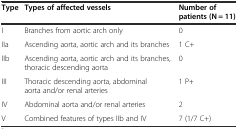
| Type | Types of affected vessels | Number of patients (N = 11) |
 | --- | --- | --- |
 | I | Branches from aortic arch only | 0 |
 | IIa | Ascending aorta, aortic arch and its branches | 1 C+ |
 | IIb | Ascending aorta, aortic arch and its branches, thoracic descending aorta | 0 |
 | III | Thoracic descending aorta, abdominal aorta and/or renal arteries | 1 P+ |
 | IV | Abdominal aorta and/or renal arteries | 2 |
 | V | Combined features of types IIb and IV | 7 (1/7 C+) |